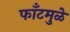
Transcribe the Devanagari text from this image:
फाँटमुळे